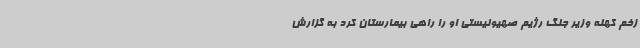
زخم کهنه وزیر جنگ رژیم صهیونیستی او را راهی بیمارستان کرد به گزارش